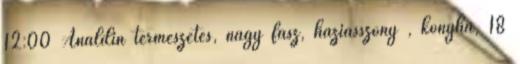
12:00 Analdin természetes, nagy fasz, háziasszony , konyha, 18